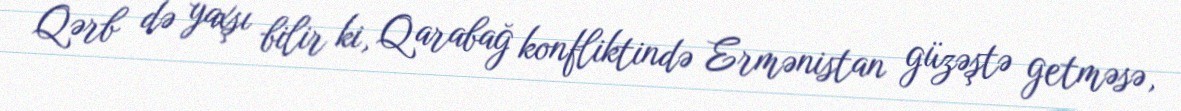
Qərb də yaxşı bilir ki, Qarabağ konfliktində Ermənistan güzəştə getməsə,